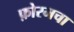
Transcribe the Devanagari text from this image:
फ़ोरमचा